Civil Veterinary Dept. Bombay admin report 1893-99 - 1893-1899
Year: 1893
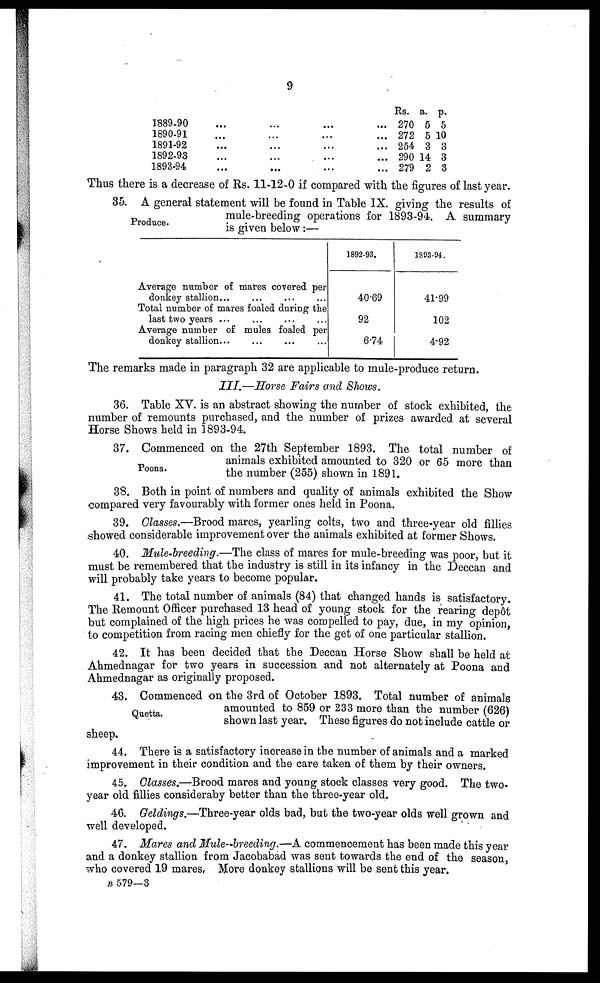
9
1889-90
1890-91
1891-92
1892-93
1893-94
Rs.
270
272
254
290
279
a.
5
5
3
14
2
p.
5
10
3
3
3
Thus there is a decrease of Rs. 11-12-0 if compared with the figures of last year.
Produce.
35. A general statement will be found in Table IX. giving the results of
mule-breeding operations for 1893-94. A summary
is given below:—
Average number of mares covered per
donkey stallion... ... ... ...
Total number of mares foaled during the
last two years ... ... ... ... ...
Average number of mules foaled per
donkey stallion... ... ... ...
1892-93.
40.69
92
6.74
1893-94.
41.99
102
4.92
The remarks made in paragraph 32 are applicable to mule-produce return.
III.—Horse Fairs and Shows.
36. Table XV. is an abstract showing the number of stock exhibited, the
number of remounts purchased, and the number of prizes awarded at several
Horse Shows held in 1893-94.
Poona.
37. Commenced on the 27th September 1893. The total number of
animals exhibited amounted to 320 or 65 more than
the number (255) shown in 1891.
38. Both in point of numbers and quality of animals exhibited the Show
compared very favourably with former ones held in Poona.
39. Classes.—Brood mares, yearling colts, two and three-year old fillies
showed considerable improvement over the animals exhibited at former Shows.
40. Mule-breeding.—The class of mares for mule-breeding was poor, but it
must be remembered that the industry is still in its infancy in the Deccan and
will probably take years to become popular.
41. The total number of animals (84) that changed hands is satisfactory.
The Remount Officer purchased 13 head of young stock for the rearing depôt
but complained of the high prices he was compelled to pay, due, in my opinion,
to competition from racing men chiefly for the get of one particular stallion.
42. It has been decided that the Deccan Horse Show shall be held at
Ahmednagar for two years in succession and not alternately at Poona and
Ahmednagar as originally proposed.
Quetta.
43. Commenced on the 3rd of October 1893. Total number of animals
amounted to 859 or 233 more than the number (626)
shown last year. These figures do not include cattle or
sheep.
44. There is a satisfactory increase in the number of animals and a marked
improvement in their condition and the care taken of them by their owners.
45. Classes.—Brood mares and young stock classes very good. The two-
year old fillies consideraby better than the three-year old.
46. Geldings.—Three-year olds bad, but the two-year olds well grown and
well developed.
47. Mares and Mule-breeding.—A commencement has been made this year
and a donkey stallion from Jacobabad was sent towards the end of the season,
who covered 19 mares, More donkey stallions will be sent this year.
B 579—3